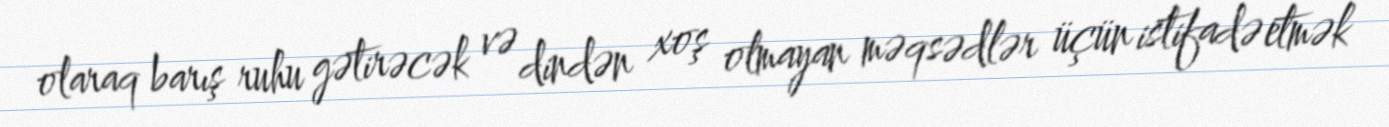
olaraq barış ruhu gətirəcək və dindən xoş olmayan məqsədlər üçün istifadə etmək